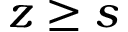
z \geq s